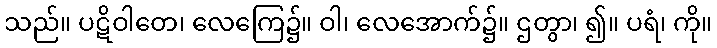
သည်။ ပဋိဝါတေ၊ လေကြေ၌။ ဝါ၊ လေအောက်၌။ ဌတွာ၊ ၍။ ပရံ၊ ကို။